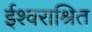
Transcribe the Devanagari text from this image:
ईश्वराश्रित